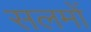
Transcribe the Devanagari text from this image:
सलमों